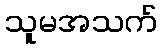
သူမအသက်